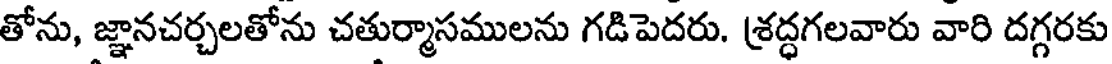
తోను, జ్ఞానచర్చలతోను చతుర్మాసములను గడిపెదరు. శ్రద్ధగలవారు వారి దగ్గరకు